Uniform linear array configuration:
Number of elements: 48
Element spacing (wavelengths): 0.75
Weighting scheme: kaiser
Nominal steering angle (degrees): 60
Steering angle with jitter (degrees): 58.968
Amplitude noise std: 0.05
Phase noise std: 0.05

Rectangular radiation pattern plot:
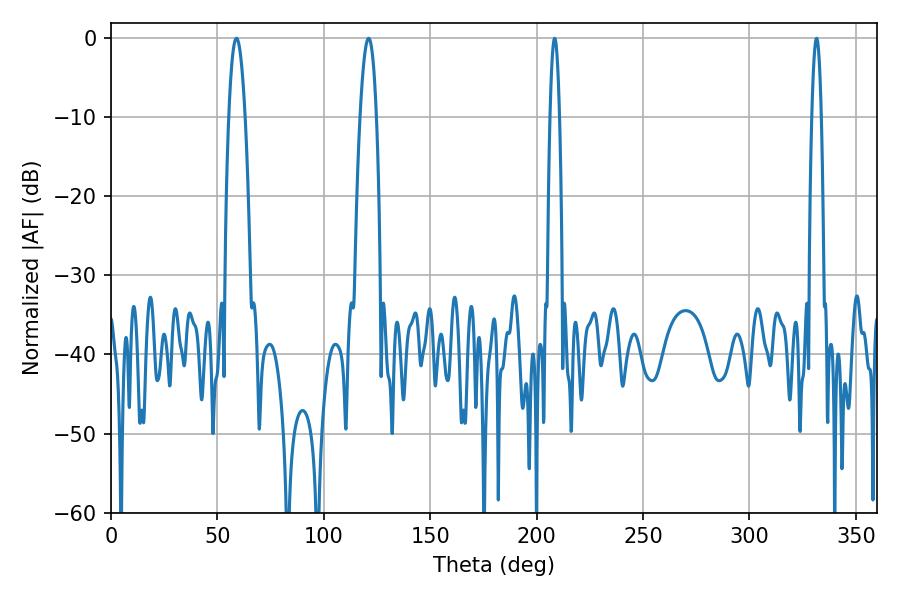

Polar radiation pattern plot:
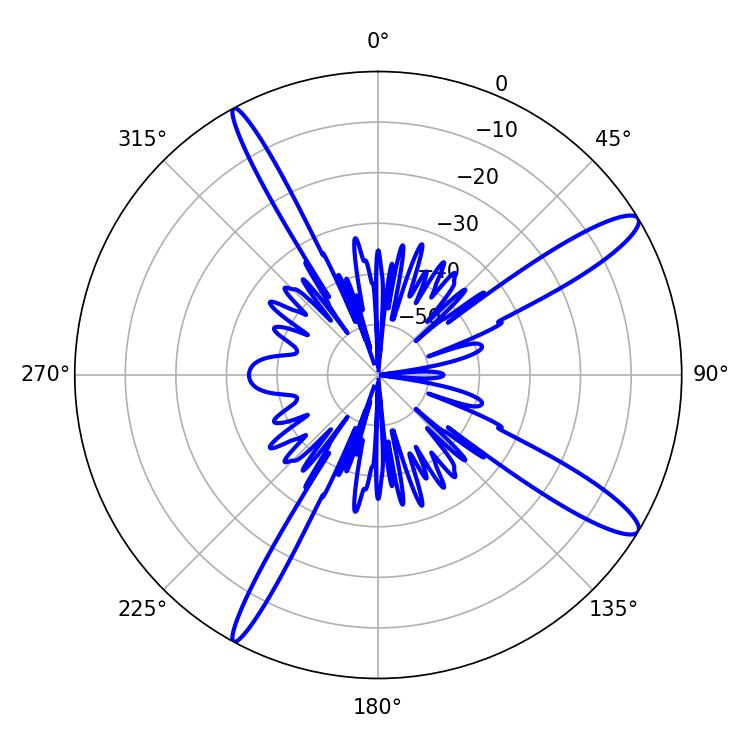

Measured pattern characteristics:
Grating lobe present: TRUE
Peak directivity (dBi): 13.342
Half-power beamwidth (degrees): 2.34
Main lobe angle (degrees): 208.44